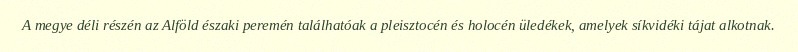
A megye déli részén az Alföld északi peremén találhatóak a pleisztocén és holocén üledékek, amelyek síkvidéki tájat alkotnak.